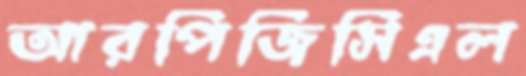
আরপিজিসিএল